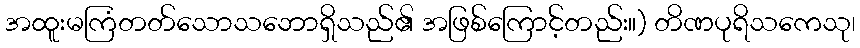
အထူးမကြံတတ်သောသဘောရှိသည်၏ အဖြစ်ကြောင့်တည်း။) တိဏပုရိသကေသု၊